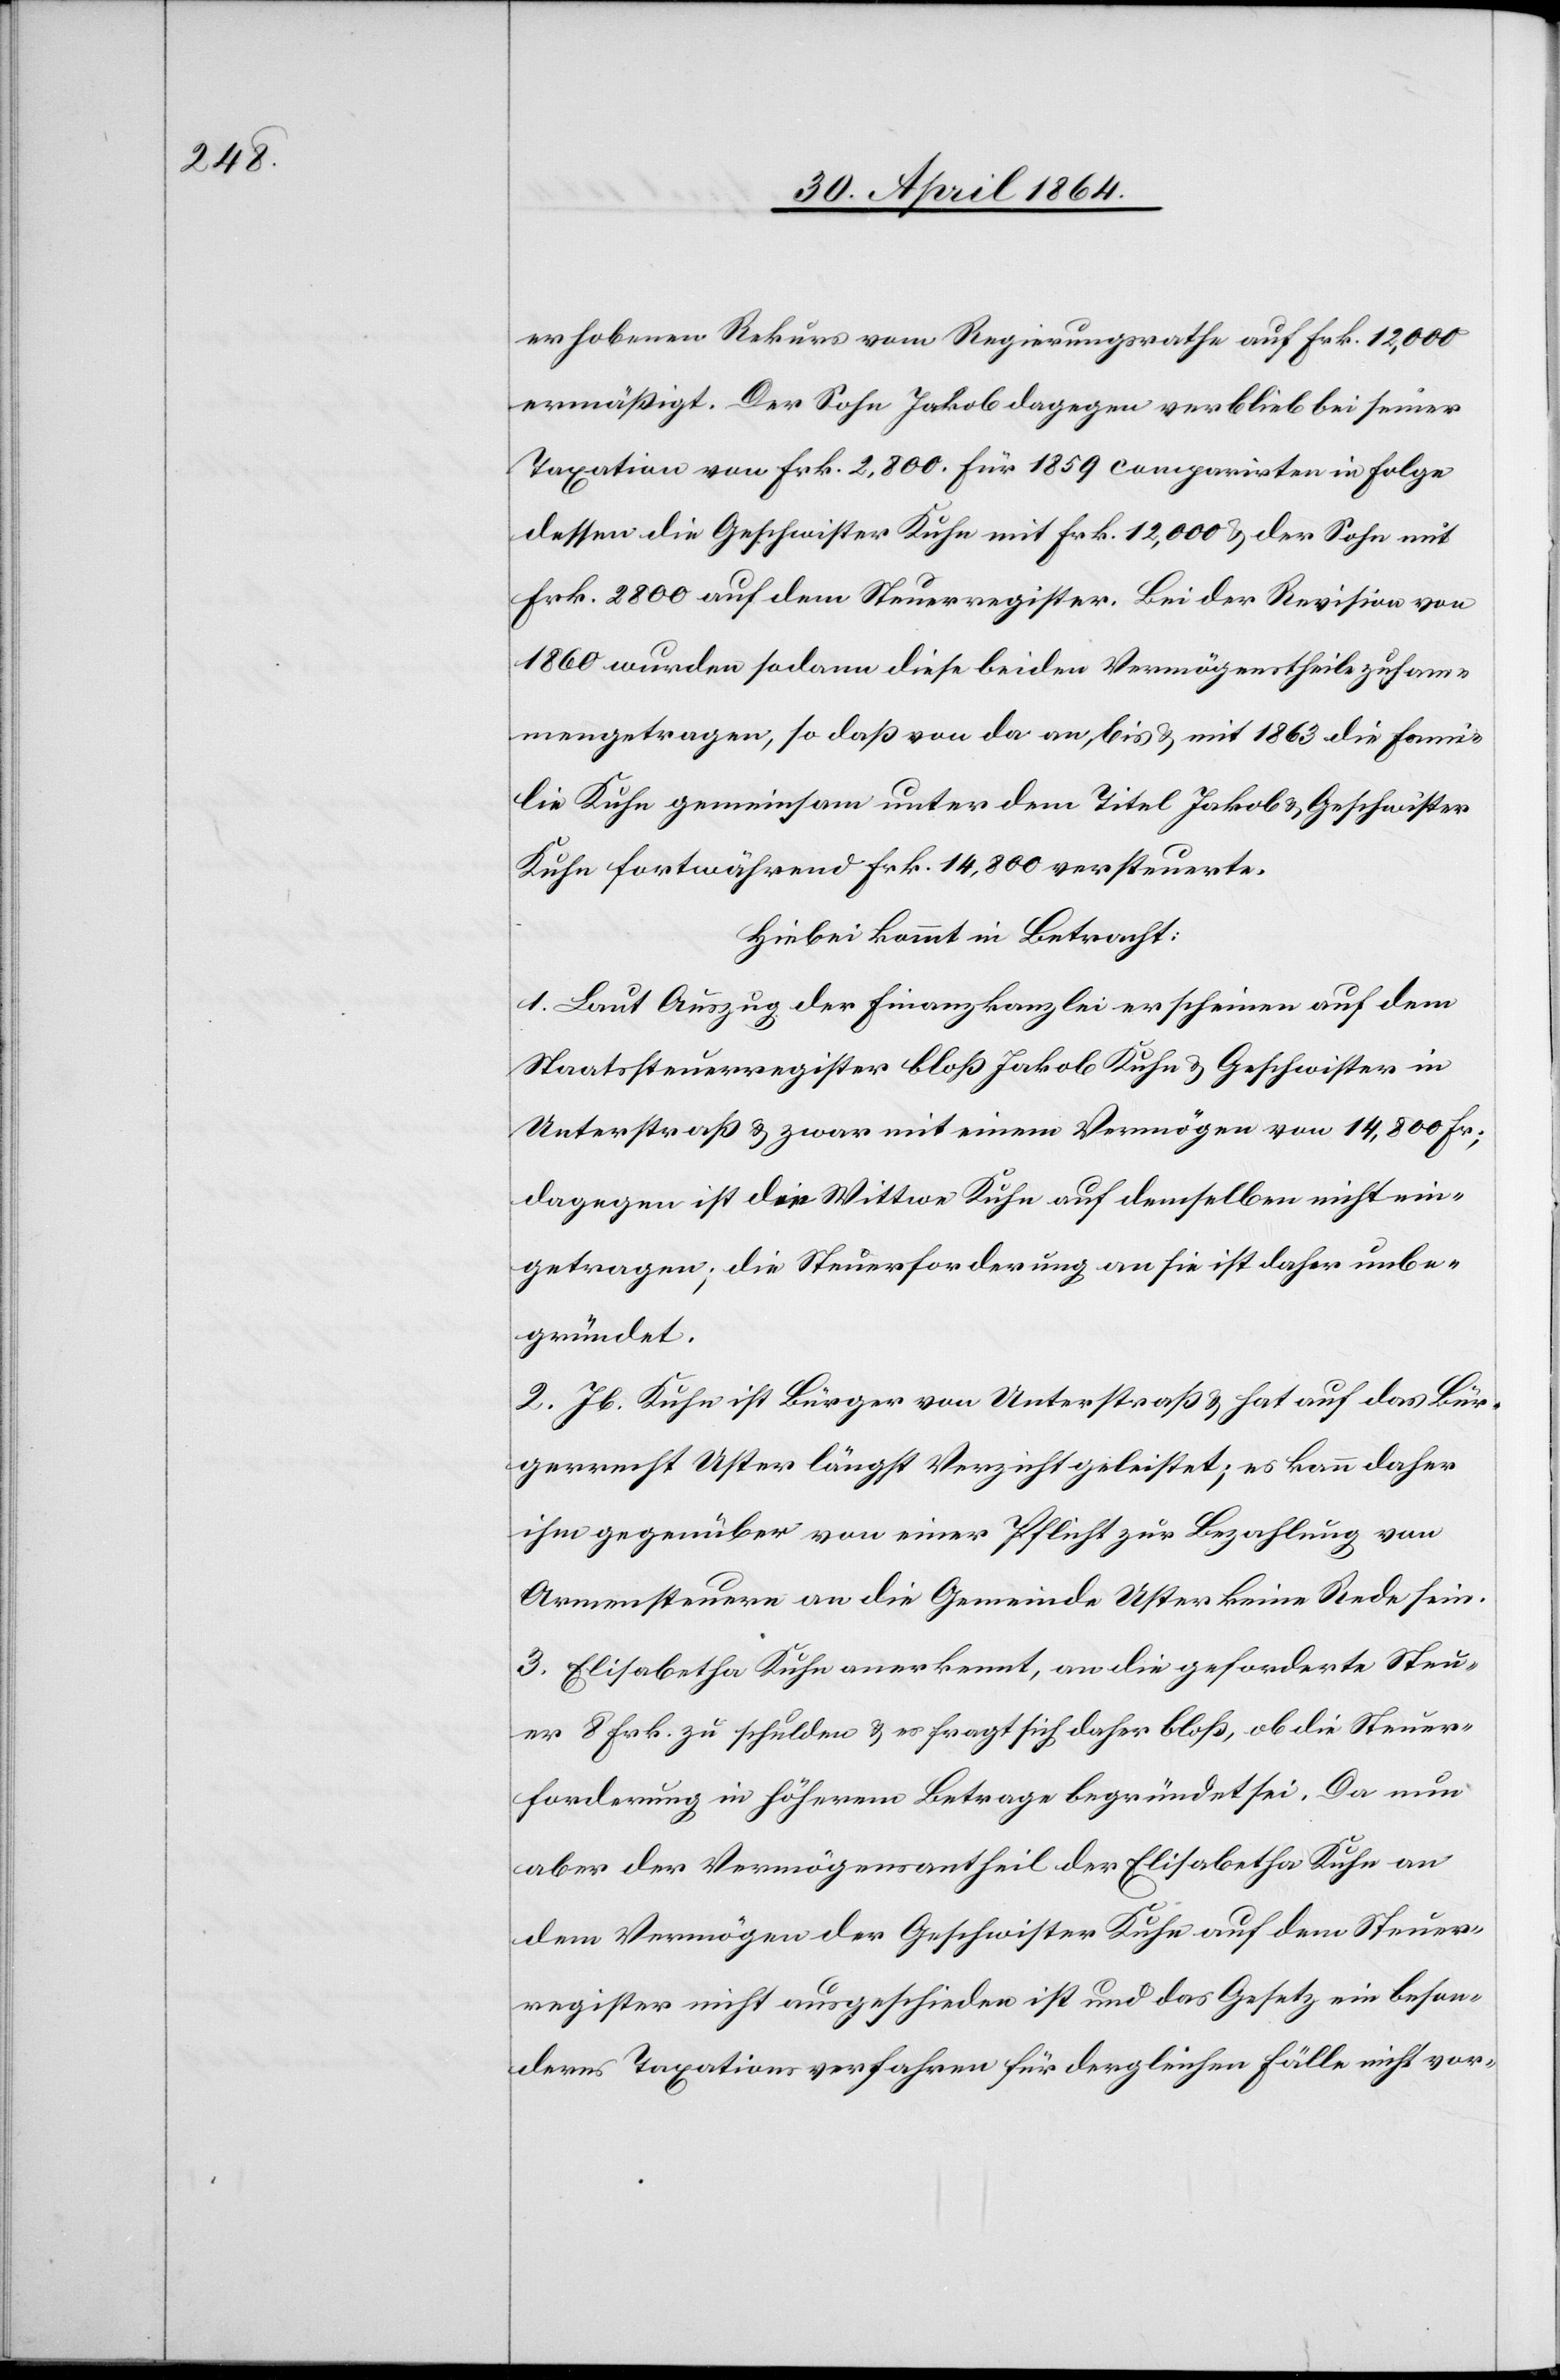
erhobenen Rekurs vom Regierungsrathe auf Frk. 12,000
ermäßigt. Der Sohn Jakob dagegen verblieb bei seiner
Taxation von Frk. 2,800 . Für 1859 comparirten in Folge
dessen die Geschwister Kuhn mit Frk. 12,000 u. der Sohn mit
Frk. 2800 auf dem Steuerregister. Bei der Revision von
1860 wurden sodann diese beiden Vermögenstheile zusam¬
mengetragen, so daß von da an, bis u. mit 1863 die Fami¬
lie Kuhn gemeinsam unter dem Titel Jakob u. Geschwister
Kuhn fortwährend Frk. 14,800 versteuerte.
Hiebei kommt in Betracht:
1. Laut Auszug der Finanzkanzlei erscheinen auf dem
Staatssteuerregister bloß Jakob Kuhn u. Geschwister in
Unterstraß u. zwar mit einem Vermögen von 14,800 Fr;
dagegen ist die Wittwe Kuhn auf demselben nicht ein¬
getragen; die Steuerforderung an sie ist daher unbe¬
gründet.
2. Jb. Kuhn ist Bürger von Unterstraß u. hat auf das Bür¬
gerrecht Uster längst Verzicht geleistet; es kann daher
ihm gegenüber von einer Pflicht zur Bezahlung von
Armensteuern an die Gemeinde Uster keine Rede sein.
3. Elisabetha Kuhn anerkennt, an die geforderte Steu¬
er 8 Frk. zu schulden u. es fragt sich daher bloß, ob die Steuer¬
forderung in höherem Betrage begründet sei. Da nun
aber der Vermögensantheil der Elisabetha Kuhn an
dem Vermögen der Geschwister Kuhn auf dem Steuer¬
register nicht ausgeschieden ist und das Gesetz ein beson¬
deres Taxationsverfahren für dergleichen Fälle nicht vor-